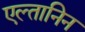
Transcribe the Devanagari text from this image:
एल्तानिन